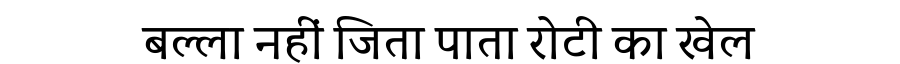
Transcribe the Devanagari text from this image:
बल्ला नहीं जिता पाता रोटी का खेल